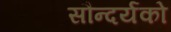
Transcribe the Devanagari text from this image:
सौन्दर्यको